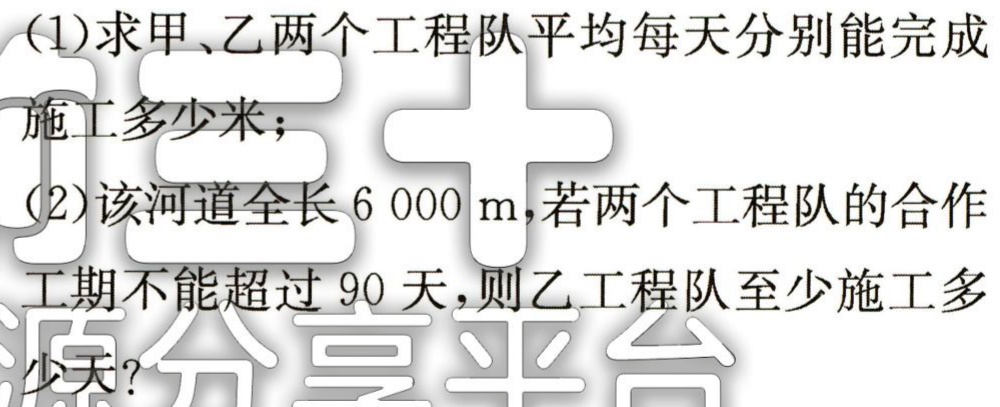
(1)求甲、乙两个工程队平均每天分别能完成

施工多少米；

(2)该河道全长$6000\mathrm{m}$，若两个工程队的合作

工期不能超过$90$天，则乙工程队至少施工多

少天？